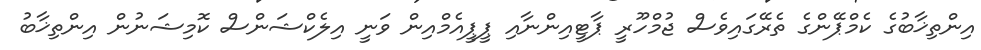
އިންތިޚާބުގެ ކެމްޕޭންގެ ތެރޭގައިވެސް ޖުމްހޫރީ ޕާޓީއިންނާއި ޕީޕީއެމްއިން ވަނީ އިލެކްޝަންސް ކޮމިޝަނުން އިންތިޚާބު